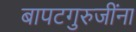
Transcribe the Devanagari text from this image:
बापटगुरुजींना